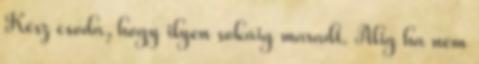
Kész csoda, hogy ilyen sokáig maradt. Alig ha nem